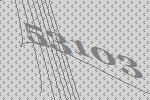
53103